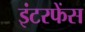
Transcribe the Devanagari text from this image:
इंटरफेंस